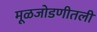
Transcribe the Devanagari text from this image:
मूळजोडणीतली